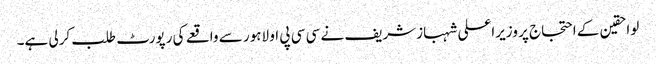
لواحقین کے احتجاج پر وزیراعلی شہبازشریف نے سی سی پی او لاہور سے واقعے کی رپورٹ طلب کرلی ہے۔